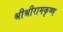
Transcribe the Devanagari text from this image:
श्रीश्रीरामकृष्ण